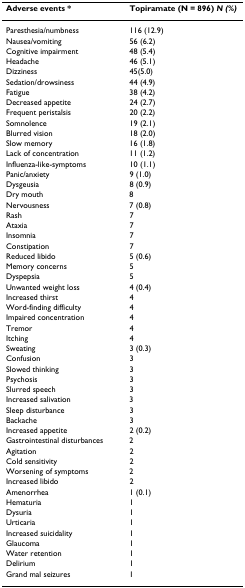
<table><thead><tr><td><b>Adverse events *</b></td><td><b>Topiramate (N = 896) <i>N (%)</i></b></td></tr></thead><tbody><tr><td>Paresthesia/numbness</td><td>116 (12.9)</td></tr><tr><td>Nausea/vomiting</td><td>56 (6.2)</td></tr><tr><td>Cognitive impairment</td><td>48 (5.4)</td></tr><tr><td>Headache</td><td>46 (5.1)</td></tr><tr><td>Dizziness</td><td>45(5.0)</td></tr><tr><td>Sedation/drowsiness</td><td>44 (4.9)</td></tr><tr><td>Fatigue</td><td>38 (4.2)</td></tr><tr><td>Decreased appetite</td><td>24 (2.7)</td></tr><tr><td>Frequent peristalsis</td><td>20 (2.2)</td></tr><tr><td>Somnolence</td><td>19 (2.1)</td></tr><tr><td>Blurred vision</td><td>18 (2.0)</td></tr><tr><td>Slow memory</td><td>16 (1.8)</td></tr><tr><td>Lack of concentration</td><td>11 (1.2)</td></tr><tr><td>Influenza-like-symptoms</td><td>10 (1.1)</td></tr><tr><td>Panic/anxiety</td><td>9 (1.0)</td></tr><tr><td>Dysgeusia</td><td>8 (0.9)</td></tr><tr><td>Dry mouth</td><td>8</td></tr><tr><td>Nervousness</td><td>7 (0.8)</td></tr><tr><td>Rash</td><td>7</td></tr><tr><td>Ataxia</td><td>7</td></tr><tr><td>Insomnia</td><td>7</td></tr><tr><td>Constipation</td><td>7</td></tr><tr><td>Reduced libido</td><td>5 (0.6)</td></tr><tr><td>Memory concerns</td><td>5</td></tr><tr><td>Dyspepsia</td><td>5</td></tr><tr><td>Unwanted weight loss</td><td>4 (0.4)</td></tr><tr><td>Increased thirst</td><td>4</td></tr><tr><td>Word-finding difficulty</td><td>4</td></tr><tr><td>Impaired concentration</td><td>4</td></tr><tr><td>Tremor</td><td>4</td></tr><tr><td>Itching</td><td>4</td></tr><tr><td>Sweating</td><td>3 (0.3)</td></tr><tr><td>Confusion</td><td>3</td></tr><tr><td>Slowed thinking</td><td>3</td></tr><tr><td>Psychosis</td><td>3</td></tr><tr><td>Slurred speech</td><td>3</td></tr><tr><td>Increased salivation</td><td>3</td></tr><tr><td>Sleep disturbance</td><td>3</td></tr><tr><td>Backache</td><td>3</td></tr><tr><td>Increased appetite</td><td>2 (0.2)</td></tr><tr><td>Gastrointestinal disturbances</td><td>2</td></tr><tr><td>Agitation</td><td>2</td></tr><tr><td>Cold sensitivity</td><td>2</td></tr><tr><td>Worsening of symptoms</td><td>2</td></tr><tr><td>Increased libido</td><td>2</td></tr><tr><td>Amenorrhea</td><td>1 (0.1)</td></tr><tr><td>Hematuria</td><td>1</td></tr><tr><td>Dysuria</td><td>1</td></tr><tr><td>Urticaria</td><td>1</td></tr><tr><td>Increased suicidality</td><td>1</td></tr><tr><td>Glaucoma</td><td>1</td></tr><tr><td>Water retention</td><td>1</td></tr><tr><td>Delirium</td><td>1</td></tr><tr><td>Grand mal seizures</td><td>1</td></tr></tbody></table>